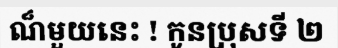
ណ៏មួយនេះ ! កូនប្រុសទី ២